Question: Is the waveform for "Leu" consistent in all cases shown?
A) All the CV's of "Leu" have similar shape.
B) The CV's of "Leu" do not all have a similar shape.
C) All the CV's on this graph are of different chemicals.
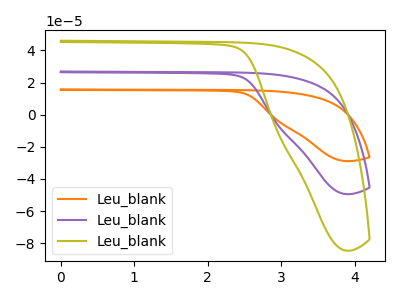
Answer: <think>The orange curve "Leu_blank1" has no peaks. The purple curve "Leu_blank2" has no peaks. The olive curve "Leu_blank3" has no peaks.
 Neither "Leu_blank1" or "Leu_blank2" have any peaks. Neither "Leu_blank1" or "Leu_blank3" have any peaks. Neither "Leu_blank2" or "Leu_blank3" have any peaks.</think>
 <answer>A) All the CV's of "Leu" have similar shape.</answer>
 <eval>A</eval>